Report on enteric fever
Disease focus: Fever
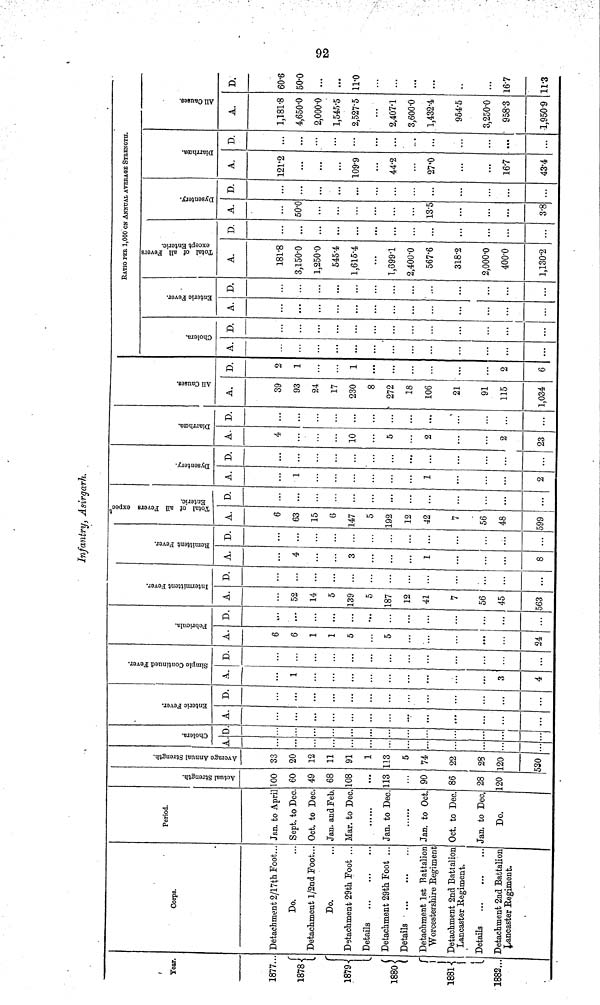
92
Infantry, Asirgarh.
Year.
1877...
1878
1879
1880
1881
1882...
Corps.
Detachment 2/17th Foot...
Do.
Detachment l/2nd Foot...
Do.
Detachment 29th Foot ...
Detachment 29th Foot ...
Details
Detachment 1st Battalion
Worcestershire Regiment
Detachment 2nd Battalion
Lancaster Regiment.
Details
Detachment 2nd Battalion
Lancaster Regiment.
Period.
Jan. to April
Sept. to Dec
Oct. to Dec
Jan. and Feb
Mar. to Dec
Jan. to Dec
Jan. to Oct
Oct. to Dec
Jan. to Dec.
Do.
Actual Strength.
100
60
49
68
108
113
90
86
28
120
Average Annual Strength.
33
20
12
11
91
1
113
5
74
22
28
120
530
Cholera.
A D
Enteric Fever.
A.
...
D.
...
...
Simple Continued Fever.
A.
1
3
4
D.
...
Febricula.
A.
6
6
1
1
5
5
24
D.
...
...
...
...
...
...
Intermittent Fever.
A.
52
14
5
139
5
187
12
41
7
56
45
563
D.
...
...
...
...
...
...
Remittent Fever.
A.
4
...
...
3
...
...
1
...
...
8
D.
...
...
...
...
Total of all Fevers expect
Enteric.
A.
6
63
15
6
147
5
192
12
42
7
56
48
99
D.
...
...
...
...
...
Dysentery.
A.
1
...
1
...
2
D.
...
Diarrhœa.
A.
4
...
10
5
2
2
23
D.
...
...
...
...
...
All Causes.
A.
39
93
24
17
230
8
272
18
106
21
91
115
1,034
D.
2
1
1
2
6
RATIO PER 1,000 ON ANNUAL AVERAGE STRENGTH.
Cholera.
A. D.
...
Enteric Fever.
A. D.
Total of all Fevers
except Enteric.
A.
181.8
3,150.0
1,250.0
545.4
1,615.4
1,699.1
2,400.0
567.6
318.2
2,000.0
400.0
1,130.2
D.
...
...
...
...
...
Dysentery.
A.
50.0
...
13.5
...
3.8
D.
...
...
...
...
Diarrhœa.
A.
121.2
...
109.9
44.2
27.0
16.7
43.4
D.
...
...
...
...
...
...
...
...
All Causes.
A.
1,181.8
4,650.0
2,000.0
1,545.5
2,527.5
2,407.1
3,600.0
1,432.4
954.5
3,250.0
958.3
1,950.9
D.
60.6
50.0
...
...
11.0
...
...
...
..
...
16.7
11.3